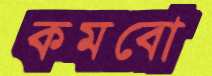
কমবো